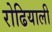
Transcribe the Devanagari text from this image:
रोढियाली